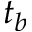
t _ { b }